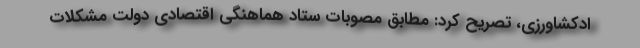
ادکشاورزی، تصریح کرد: مطابق مصوبات ستاد هماهنگی اقتصادی دولت مشکلات